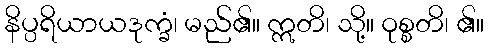
နိပ္ပရိယာယဒုက္ခံ၊ မည်၏။ ဣတိ၊ သို့။ ဝုစ္စတိ၊ ၏။